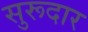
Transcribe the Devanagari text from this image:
सुरूदार